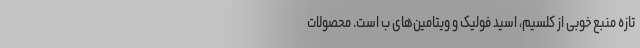
تازه منبع خوبی از کلسیم، اسید فولیک و ویتامین‌های ب است. محصولات